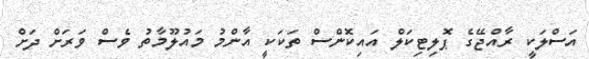
އަސްލަކީ ރާއްޖޭގެ ޕޮލިޓިކަލް އައިކޮންސް ތަކަކީ އާންމު މައުލޫމާތު ވެސް ވަރަށް ދަށް